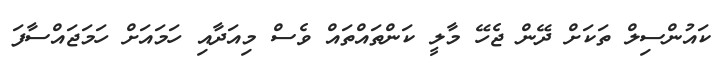
ކައުންސިލް ތަކަށް ދޭން ޖެހޭ މާލީ ކަންތައްތައް ވެސް މިއަދާއި ހަމައަށް ހަމަޖައްސާފަ